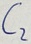
Text: C2